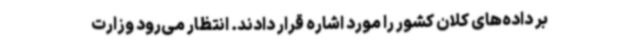
بر داده‌های کلان کشور را مورد اشاره قرار دادند. انتظار می‌رود وزارت